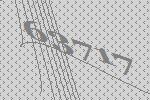
63717